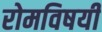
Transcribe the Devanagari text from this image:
रोमविषयी